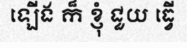
ឡើង ក៏ ខ្ញុំ ជួយ ធ្វើ